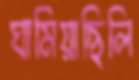
ঘামিয়াছিলি